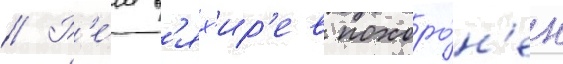
// Р'е́м в'ях'ир'ев похоро́н'ен